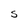
Character: S